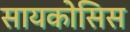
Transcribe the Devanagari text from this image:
सायकोसिस